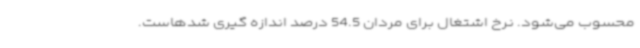
محسوب می‌شود. نرخ اشتغال برای مردان 54.5 درصد اندازه گیری شدهاست.